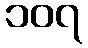
၁၀၇